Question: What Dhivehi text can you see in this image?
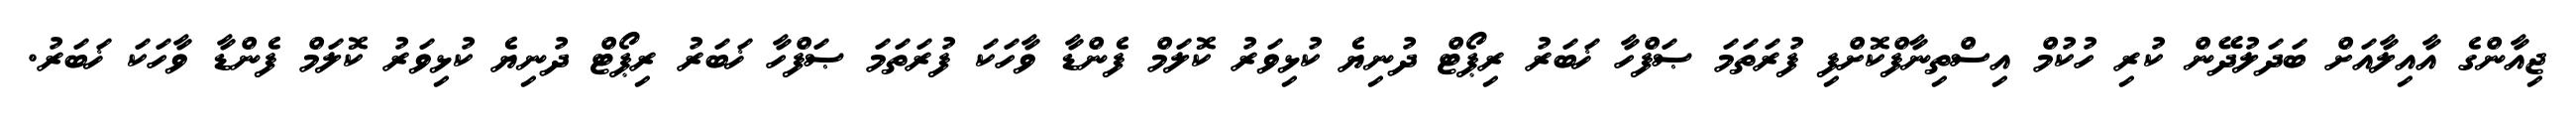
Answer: ޖިއާންގެ އާއިލާއަށް ބަދަލުދޭން ކުރި ހުކުމް އިސްތިނާފްކޮށްފި ފުރަތަމަ ޞަފްހާ ޚަބަރު ރިޕޯޓް ދުނިޔެ ކުޅިވަރު ކޮލަމް ފެންޑާ ވާހަކަ ފުރަތަމަ ޞަފްހާ ޚަބަރު ރިޕޯޓް ދުނިޔެ ކުޅިވަރު ކޮލަމް ފެންޑާ ވާހަކަ ޚަބަރު.